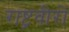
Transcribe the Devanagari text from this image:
राष्ट्रवीरों